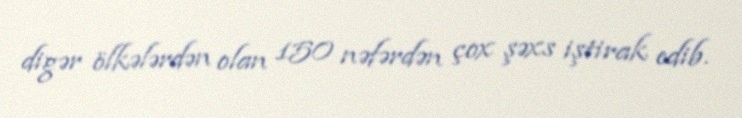
digər ölkələrdən olan 150 nəfərdən çox şəxs iştirak edib.